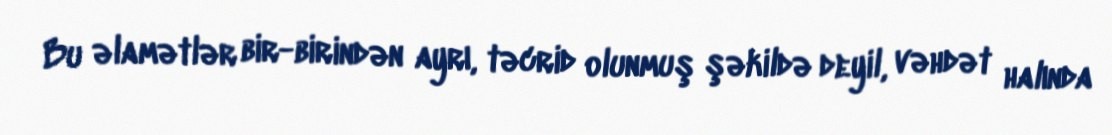
Bu əlamətlər bir-birindən ayrı, təcrid olunmuş şəkildə deyil, vəhdət halında